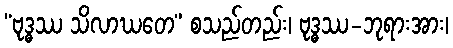
“ဗုဒ္ဓဿ သိလာဃတေ” စသည်တည်း၊ ဗုဒ္ဓဿ-ဘုရားအား၊